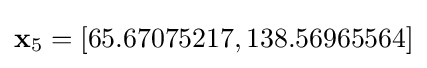
\mathbf {x} _{5}=\left[65.67075217,138.56965564\right]